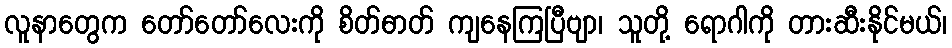
လူနာတွေက တော်တော်လေးကို စိတ်ဓာတ် ကျနေကြပြီဗျာ၊ သူတို့ ရောဂါကို တားဆီးနိုင်မယ်၊